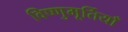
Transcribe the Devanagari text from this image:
विष्णुमूर्तियाँ